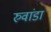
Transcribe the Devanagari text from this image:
रुवांडा